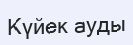
Күйек ауды